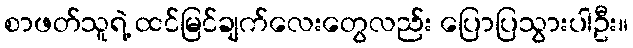
စာဖတ်သူရဲ့ ထင်မြင်ချက်လေးတွေလည်း ပြောပြသွားပါဦး။